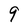
Character: 9